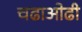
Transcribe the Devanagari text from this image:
चढाओढी